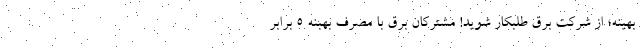
بهینه؛ از شرکت برق طلبکار شوید! مشترکان برق با مصرف بهبنه 5 برابر